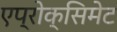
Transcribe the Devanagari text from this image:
एप्रोक्सिमेट